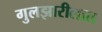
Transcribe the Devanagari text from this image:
गुलझारीलाल